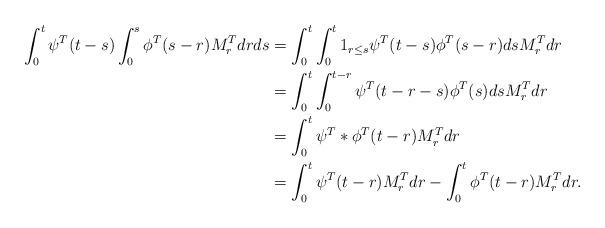
LaTeX: \begin{align*}\int_0^t \psi^T(t-s) \int_0^s \phi^T(s-r) M^T_r dr ds&= \int_0^t \int_0^t \mathrm{1}_{r\leq s} \psi^T(t-s) \phi^T(s-r)dsM^T_r dr\\ &= \int_{0}^t \int_0^{t-r} \psi^T(t-r-s) \phi^T(s)ds M^T_rdr\\&= \int_{0}^t \psi^T \ast \phi^T(t-r) M^T_rdr\\&= \int_{0}^t \psi^T (t-r) M^T_rdr-\int_{0}^t \phi^T (t-r) M^T_rdr.\end{align*}